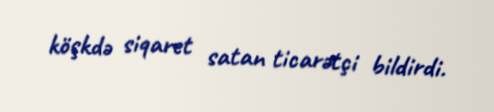
köşkdə siqaret satan ticarətçi bildirdi.